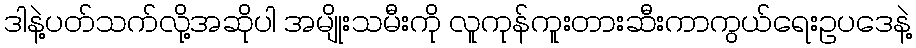
ဒါနဲ့ပတ်သက်လို့အဆိုပါ အမျိုးသမီးကို လူကုန်ကူးတားဆီးကာကွယ်ရေးဥပဒေနဲ့